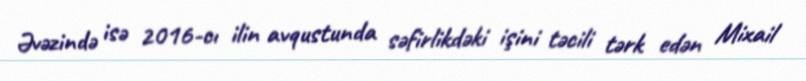
Əvəzində isə 2016-cı ilin avqustunda səfirlikdəki işini təcili tərk edən Mixail